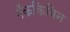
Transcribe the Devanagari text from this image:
मॅककिबिन